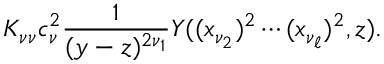
K _ { \nu \nu } c _ { \nu } ^ { 2 } \frac { 1 } { ( y - z ) ^ { 2 \nu _ { 1 } } } Y ( ( x _ { \nu _ { 2 } } ) ^ { 2 } \cdots ( x _ { \nu _ { \ell } } ) ^ { 2 } , z ) .